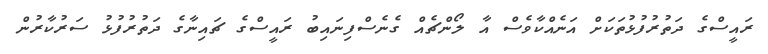
ރައީސްގެ ދަތުރުފުޅުތަކަށް އަނެއްކާވެސް އާ ލޯންޗެއް ގެނެސްފިނައިބު ރައީސްގެ ޗައިނާގެ ދަތުރުފުޅު ސަރުކާރުން